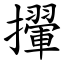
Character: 㩣